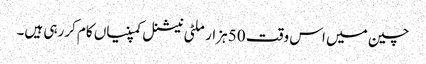
چین میں اس وقت 50 ہزار ملٹی نیشنل کمپنیاں کام کررہی ہیں۔